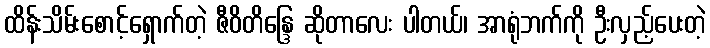
ထိန်းသိမ်းစောင့်ရှောက်တဲ့ ဇီဝိတိန္ဒြေ ဆိုတာလေး ပါတယ်၊ အာရုံဘက်ကို ဦးလှည့်ပေးတဲ့